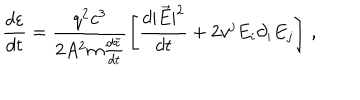
LaTeX: \frac { d \varepsilon } { d t } = \frac { q ^ { 2 } c ^ { 3 } } { 2 A ^ { 2 } m { \frac { d \tilde { \tau } } { d t } } } \left[ \frac { d | \vec { E } | ^ { 2 } } { d t } + 2 v ^ { j } E _ { i } \partial _ { i } E _ { j } \right] \, { , }